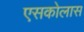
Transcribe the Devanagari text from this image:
एसकोलास